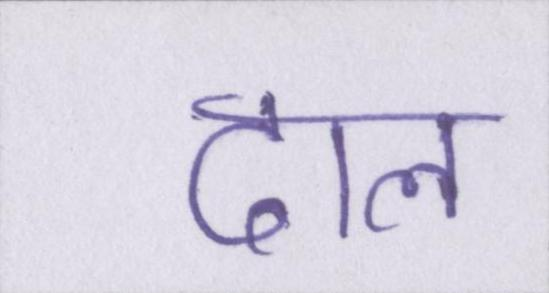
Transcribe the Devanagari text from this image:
दाल